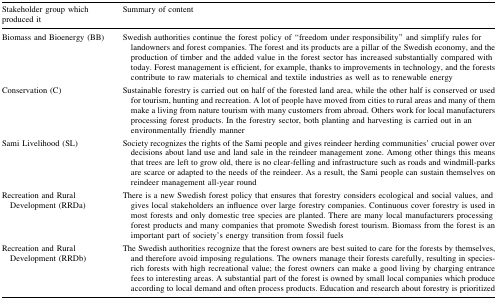
| Stakeholder group which produced it | Summary of content |
 | --- | --- |
 | Biomass and Bioenergy (BB) | Swedish authorities continue the forest policy of “freedom under responsibility” and simplify rules for landowners and forest companies. The forest and its products are a pillar of the Swedish economy, and the production of timber and the added value in the forest sector has increased substantially compared with today. Forest management is efficient, for example, thanks to improvements in technology, and the forests contribute to raw materials to chemical and textile industries as well as to renewable energy |
 | Conservation (C) | Sustainable forestry is carried out on half of the forested land area, while the other half is conserved or used for tourism, hunting and recreation. A lot of people have moved from cities to rural areas and many of them make a living from nature tourism with many customers from abroad. Others work for local manufacturers processing forest products. In the forestry sector, both planting and harvesting is carried out in an environmentally friendly manner |
 | Sami Livelihood (SL) | Society recognizes the rights of the Sami people and gives reindeer herding communities’ crucial power over decisions about land use and land sale in the reindeer management zone. Among other things this means that trees are left to grow old, there is no clear-felling and infrastructure such as roads and windmill-parks are scarce or adapted to the needs of the reindeer. As a result, the Sami people can sustain themselves on reindeer management all-year round |
 | Recreation and Rural Development (RRDa) | There is a new Swedish forest policy that ensures that forestry considers ecological and social values, and gives local stakeholders an influence over large forestry companies. Continuous cover forestry is used in most forests and only domestic tree species are planted. There are many local manufacturers processing forest products and many companies that promote Swedish forest tourism. Biomass from the forest is an important part of society’s energy transition from fossil fuels |
 | Recreation and Rural Development (RRDb) | The Swedish authorities recognize that the forest owners are best suited to care for the forests by themselves, and therefore avoid imposing regulations. The owners manage their forests carefully, resulting in species-rich forests with high recreational value; the forest owners can make a good living by charging entrance fees to interesting areas. A substantial part of the forest is owned by small local companies which produce according to local demand and often process products. Education and research about forestry is prioritized |